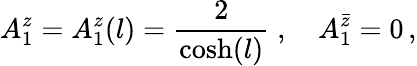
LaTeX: A_{1}^{z}=A_{1}^{z}(l)=\frac{2}{\cosh(l)}\; ,\quad A_{1}^{\bar{z}}=0\, ,